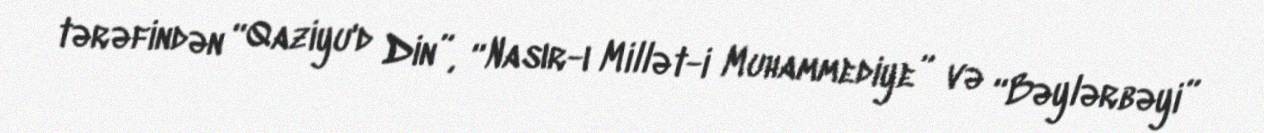
tərəfindən “Qaziyu'd Din”, “Nasır-ı Millət-i Muhammediye” və “Bəylərbəyi”